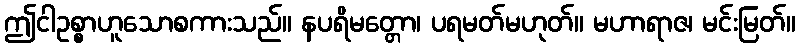
ဤငါဥစ္စာဟူသောစကားသည်။ နပရိမတ္တော၊ ပရမတ်မဟုတ်။ မဟာရာဇ၊ မင်းမြတ်။